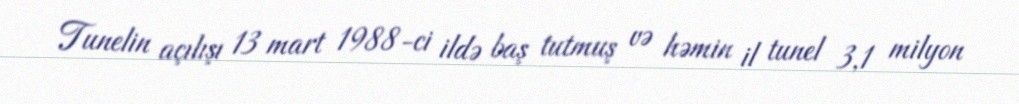
Tunelin açılışı 13 mart 1988-ci ildə baş tutmuş və həmin il tunel 3,1 milyon